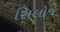
સિલોજ